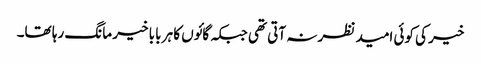
خیر کی کوئی امید نظر نہ آتی تھی جبکہ گائوں کا ہر بابا خیر مانگ رہا تھا۔